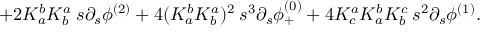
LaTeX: \; \; \; \; \; + 2 K _ { a } ^ { b } K _ { b } ^ { a } \: s \partial _ { s } \phi ^ { ( 2 ) } + 4 ( K _ { a } ^ { b } K _ { b } ^ { a } ) ^ { 2 } \: s ^ { 3 } \partial _ { s } \phi _ { + } ^ { ( 0 ) } + 4 K _ { c } ^ { a } K _ { a } ^ { b } K _ { b } ^ { c } \: s ^ { 2 } \partial _ { s } \phi ^ { ( 1 ) } .